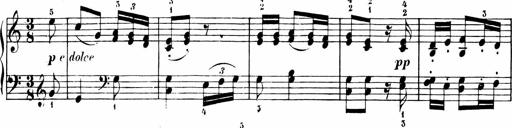
Title: 6 Liedersonatinen
Composer: Carl Reinecke